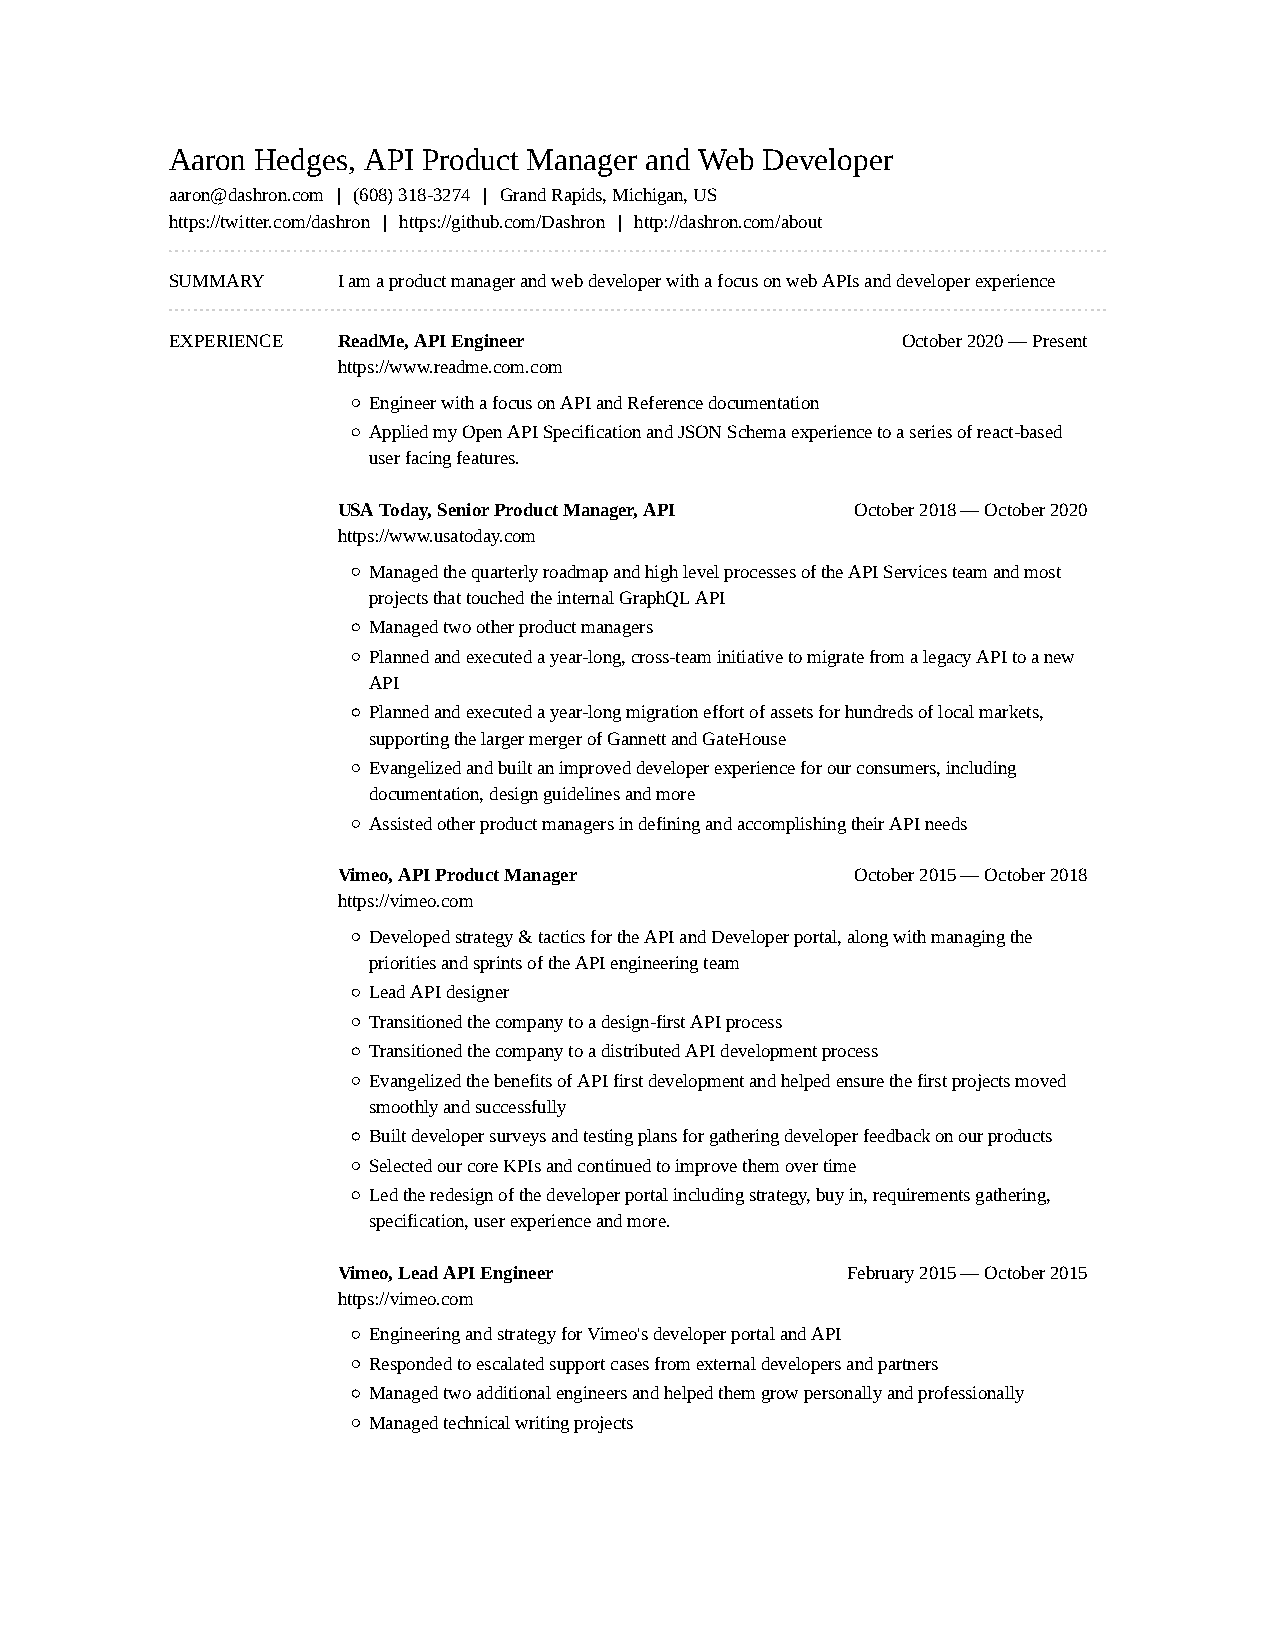
Aaron Hedges, API Product Manager and Web Developer
 aaron@dashron.com | (608) 318-3274 | Grand Rapids, Michigan, US
 https://twitter.com/dashron | https://github.com/Dashron | http://dashron.com/about
 SUMMARY    I am a product manager and web developer with a focus on web APIs and developer experience
 EXPERIENCE ReadMe, API Engineer                  October 2020 — Present
 https://www.readme.com.com
 Engineer with a focus on API and Reference documentation
 Applied my Open API Specification and JSON Schema experience to a series of react-based
 user facing features.
 USA Today, Senior Product Manager, API October 2018 — October 2020
 https://www.usatoday.com
 Managed the quarterly roadmap and high level processes of the API Services team and most
 projects that touched the internal GraphQL API
 Managed two other product managers
 Planned and executed a year-long, cross-team initiative to migrate from a legacy API to a new
 API
 Planned and executed a year-long migration effort of assets for hundreds of local markets,
 supporting the larger merger of Gannett and GateHouse
 Evangelized and built an improved developer experience for our consumers, including
 documentation, design guidelines and more
 Assisted other product managers in defining and accomplishing their API needs
 Vimeo, API Product Manager         October 2015 — October 2018
 https://vimeo.com
 Developed strategy & tactics for the API and Developer portal, along with managing the
 priorities and sprints of the API engineering team
 Lead API designer
 Transitioned the company to a design-first API process
 Transitioned the company to a distributed API development process
 Evangelized the benefits of API first development and helped ensure the first projects moved
 smoothly and successfully
 Built developer surveys and testing plans for gathering developer feedback on our products
 Selected our core KPIs and continued to improve them over time
 Led the redesign of the developer portal including strategy, buy in, requirements gathering,
 specification, user experience and more.
 Vimeo, Lead API Engineer          February 2015 — October 2015
 https://vimeo.com
 Engineering and strategy for Vimeo's developer portal and API
 Responded to escalated support cases from external developers and partners
 Managed two additional engineers and helped them grow personally and professionally
 Managed technical writing projects